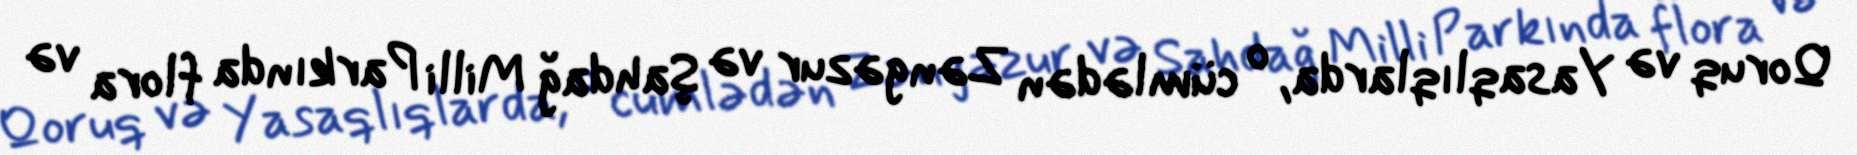
Qoruq və Yasaqlıqlarda, o cümlədən Zəngəzur və Şahdağ Milli Parkında flora və